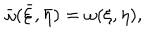
\bar { \omega } ( \bar { \xi } , \bar { \eta } ) = \omega ( \xi , \eta ) ,